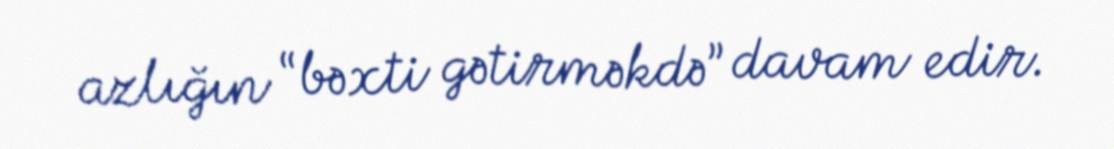
azlığın “bəxti gətirməkdə” davam edir.